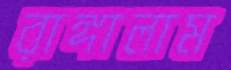
রাঙ্গালাম